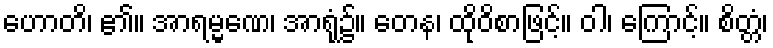
ဟောတိ၊ ၏။ အာရမ္မဏေ၊ အာရုံ၌။ တေန၊ ထိုဝိစာဖြင့်။ ဝါ၊ ကြောင့်။ စိတ္တံ၊